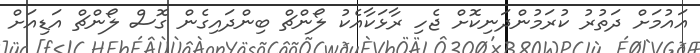
އައުމަށް ދަތުރު ކުރަމުންދަނިކޮށް ޖެހި ރާޅަކާއެކު ލޯންޗް ބިންދައިގެން ގޮސް ލޯންޗް އަޑިއަށް